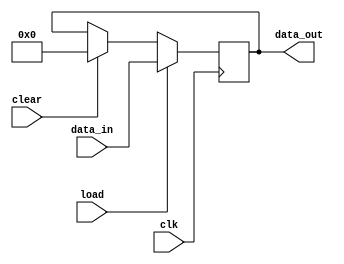
module register19(clk, load, clear, data_in, data_out);	//RX, RK
	input clk;
	input load;
	input clear;
	input [18:0] data_in;
	output reg [18:0] data_out = 0;
	 
	always @(negedge clk)
		begin
			if (load) data_out = data_in;
			else if (clear)data_out = 19'd0;
	   end
endmodule


module registerAC(clk, LD_ALU_AC, LD_MI_AC, clear, pass, data_in_ALU, data_in_MI, data_out, z, z1);
	input clk;
	input LD_ALU_AC;
	input LD_MI_AC;
	input clear;
	input pass;
	input [18:0] data_in_ALU;
	input [7:0] data_in_MI;
	output reg [18:0] data_out = 0;
	
	reg [18:0] data_out2 = 0;
	//reg [18:0] data_out = 0;
	output reg z = 1'b0;
	output reg z1 = 1'b1;
	
	always@(data_out) begin
		z = (data_out == 19'b0) ? 1'b1 : 1'b0;
		z1 = ((data_out == 19'b0) || (data_out == 19'b1)) ? 1'b0 : 1'b1;
	end
	 
	always @(negedge clk)
		begin
			if (LD_ALU_AC) data_out2 = data_in_ALU;
			else if (LD_MI_AC) data_out2 = {11'b0, data_in_MI};
			else if (clear)data_out2 = 19'd0;
	   end
	
	always @(*)
		begin
			if (pass) data_out <= data_in_ALU;
			else data_out <= data_out2;
		end
endmodule